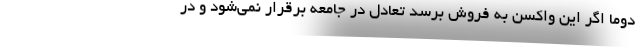
دوما اگر این واکسن به فروش برسد تعادل در جامعه برقرار نمی‌شود و در